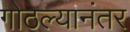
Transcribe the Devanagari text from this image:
गोठल्यानंतर